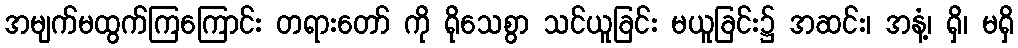
အမျက်မထွက်ကြကြောင်း တရားတော် ကို ရိုသေစွာ သင်ယူခြင်း မယူခြင်း၌ အဆင်း၊ အနံ့၊ ရှိ၊ မရှိ